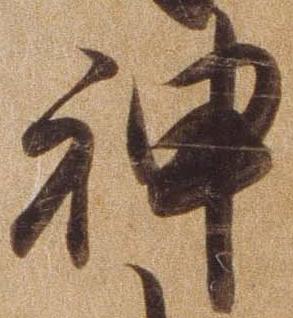
神